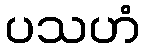
ပသဟံ